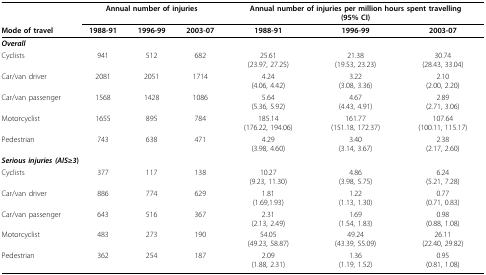
|  | <COLSPAN=3> Annual number of injuries | <COLSPAN=3> Annual number of injuries per million hours spent travelling(95% CI) |
 | Mode of travel | 1988-91 | 1996-99 | 2003-07 | 1988-91 | 1996-99 | 2003-07 |
 | --- | --- | --- | --- | --- | --- | --- |
 | <COLSPAN=7> Overall |
 | Cyclists | 941 | 512 | 682 | 25.61(23.97, 27.25) | 21.38(19.53, 23.23) | 30.74(28.43, 33.04) |
 | Car/van driver | 2081 | 2051 | 1714 | 4.24(4.06, 4.42) | 3.22(3.08, 3.36) | 2.10(2.00, 2.20) |
 | Car/van passenger | 1568 | 1428 | 1086 | 5.64(5.36, 5.92) | 4.67(4.43, 4.91) | 2.89(2.71, 3.06) |
 | Motorcyclist | 1655 | 895 | 784 | 185.14(176.22, 194.06) | 161.77(151.18, 172.37) | 107.64(100.11, 115.17) |
 | Pedestrian | 743 | 638 | 471 | 4.29(3.98, 4.60) | 3.40(3.14, 3.67) | 2.38(2.17, 2.60) |
 | <COLSPAN=7> Serious injuries (AIS≥3) |
 | Cyclists | 377 | 117 | 138 | 10.27(9.23, 11.30) | 4.86(3.98, 5.75) | 6.24(5.21, 7.28) |
 | Car/van driver | 886 | 774 | 629 | 1.81(1.69,1.93) | 1.22(1.13, 1.30) | 0.77(0.71, 0.83) |
 | Car/van passenger | 643 | 516 | 367 | 2.31(2.13, 2.49) | 1.69(1.54, 1.83) | 0.98(0.88, 1.08) |
 | Motorcyclist | 483 | 273 | 190 | 54.05(49.23, 58.87) | 49.24(43.39, 55.09) | 26.11(22.40, 29.82) |
 | Pedestrian | 362 | 254 | 187 | 2.09(1.88, 2.31) | 1.36(1.19, 1.52) | 0.95(0.81, 1.08) |